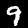
Digit: 9